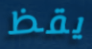
يقظ